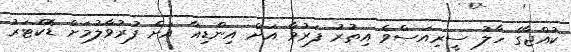
ކުއްޖާގެ ހާލު ސީރިއަސްވެ އިތުރު ފަރުވާ އަށް އިންޑިއާ އަށް ފުރުވާލުމަށް ޑޮކްޓަރު